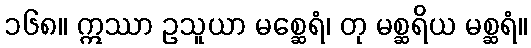
၁၆၈။ ဣဿာ ဥသူယာ မစ္ဆေရံ၊ တု မစ္ဆရိယ မစ္ဆရံ။